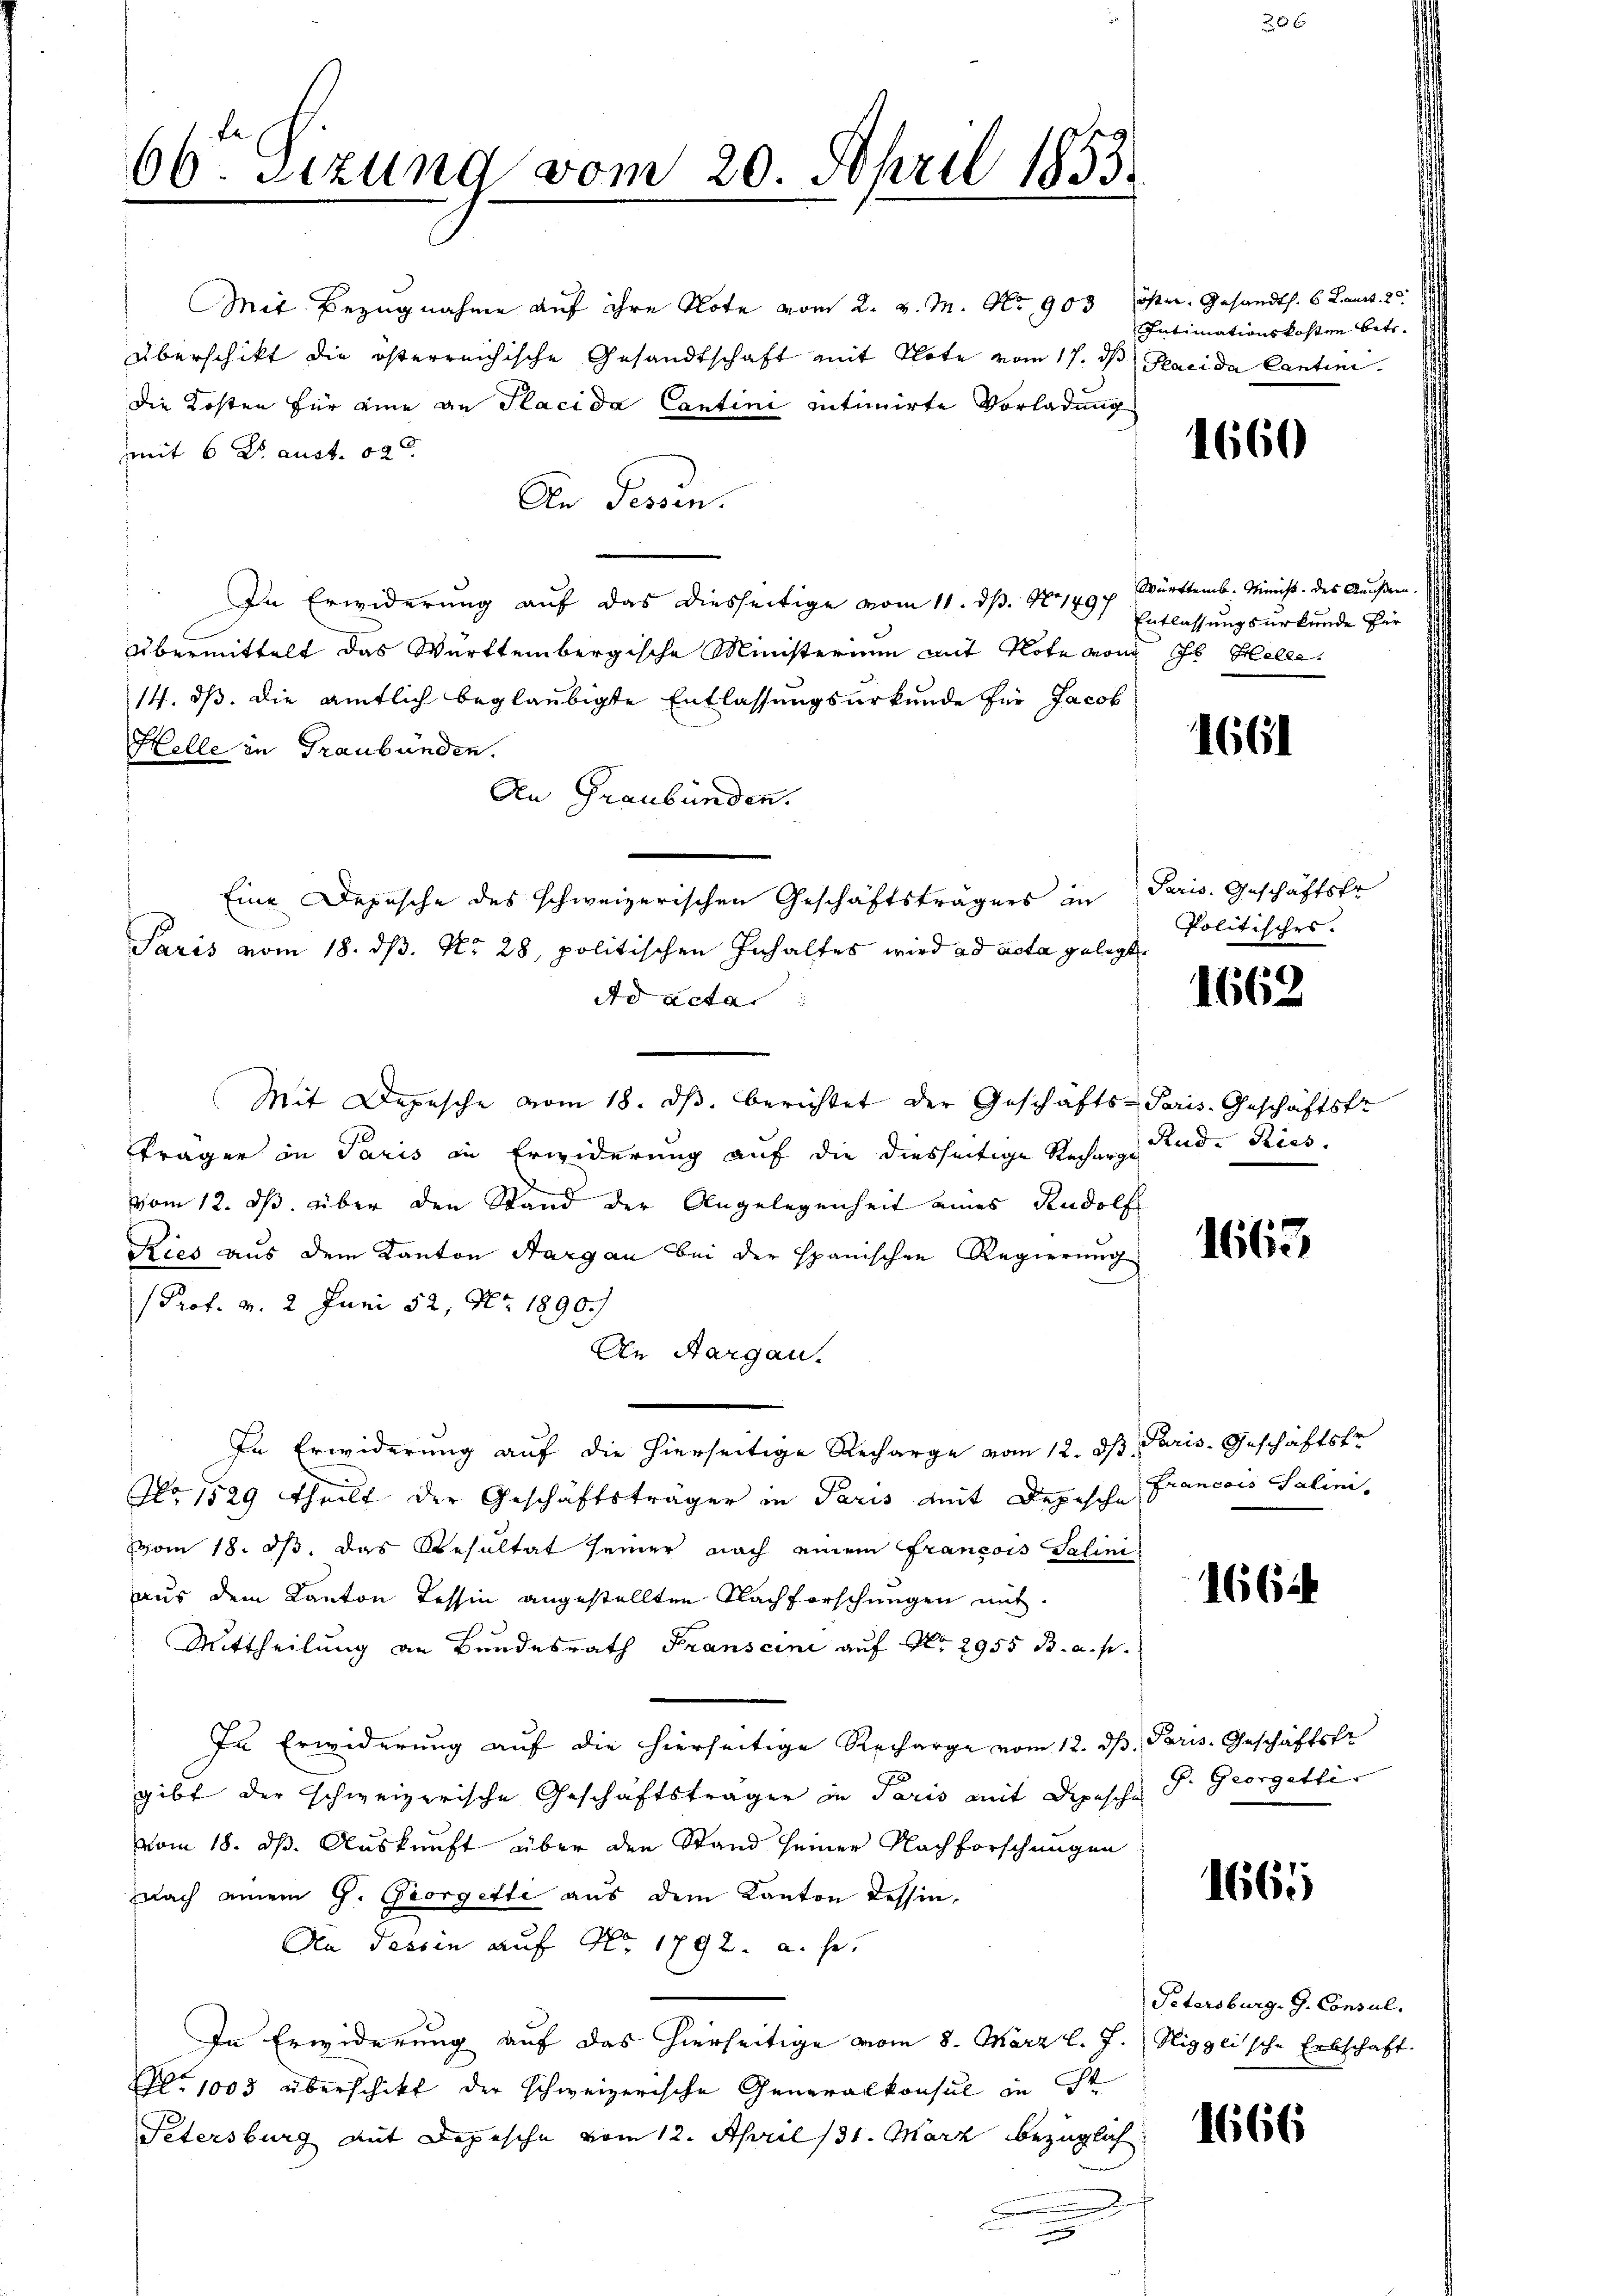
66. Sizung vom 20. April 1853.

Mit Bezugnahme auf ihre Note vom 2. v. M. No 903 öster. Gesandts. 6 Kant. 2
überschikt die österreichische Gesandtschaft mit Klote vom 17. d. Paci da Cantini
die Kosten für eine an Placi da Cantini intimirte Vorladung
mit 6 Kr aust. od
An Tessin.
In Erwiderung auf das diesseitige vom 11. d. 1497
Übermittelt das Württembergische Ministerium mit Note von Ihr Helle
14. ds. die amtlich beglaubigte Entlassungsurkunde für Jacob
Helle in Graubünden.
An Graubünden.
Eine Depesche des schweizerischen Geschäftsträgers in
Paris vom 18. ds. No 28. politischen Inhaltes wird ad acta gelegte
Ad acta.
Mit Depesche vom 18. ds. berichtet der Geschäfts-Paris. Geschäftstr
träger in Paris in Erwiderung auf die diesseitige Recharge Rud. Riesvom 12. ds. über den Stand der Angelegenheit eines Rudolf
Ries aus dem Kanton Aargau bei der spanischen Regierung
 Prof. v. 2. Juni 52, No. 1890.)
An Aargau.
In Erwiderung auf die hierseitige Recharge vom 12. ds Paris. Geschäftstr
No 1529 theilt der Geschäftsträger in Paris mit Depesche Francois Salinivom 18. ds. das Resultat seiner nach einem Francois Salini
aus dem Kanton Tessin angestellten Nachforschungen mit
Mittheilung an Bundesrath Franscini auf No 2955 B. a. p.
In Erwiderung auf die hierseitige Recharge vom 12. ds. Paris. Geschäftsfr
gibt der schweizerische Geschäftsträgen in Paris mit Depesche St. Georgethe
vom 18. ds. Auskunft über den Stand seiner Nachforschungen
nach einem G. Georgetti aus dem Kanton Tessin,
An Tessin auf Nr. 1792. a. he
In Erwiderung auf das hierseitige vom 8. März l. J. Nigglische Erbschaft
No 1003 überschikt der schweizerische Generalkonsul in St
Petersburg mit Depesche vom 12. April 131. März bezüglich

.

Intimationskosten betr.

1660

Württemb. Minist. des Außern.
Entlassungsurkunde für

1661

Paris. Geschäftsfr
Politisches.

1662

1663

166

1661

Petersburg. G. Consul,

1666